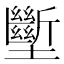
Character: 𱘚